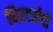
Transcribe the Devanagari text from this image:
थिएटर्सची